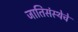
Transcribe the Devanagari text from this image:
जातिसंस्थेचे